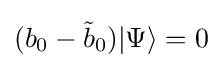
(b_{0}-{\tilde {b}}_{0})|\Psi \rangle =0